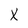
Character: X